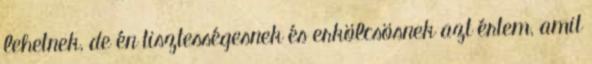
lehetnek, de én tisztességesnek és erkölcsösnek azt értem, amit